Juri_Uluots, lk 96
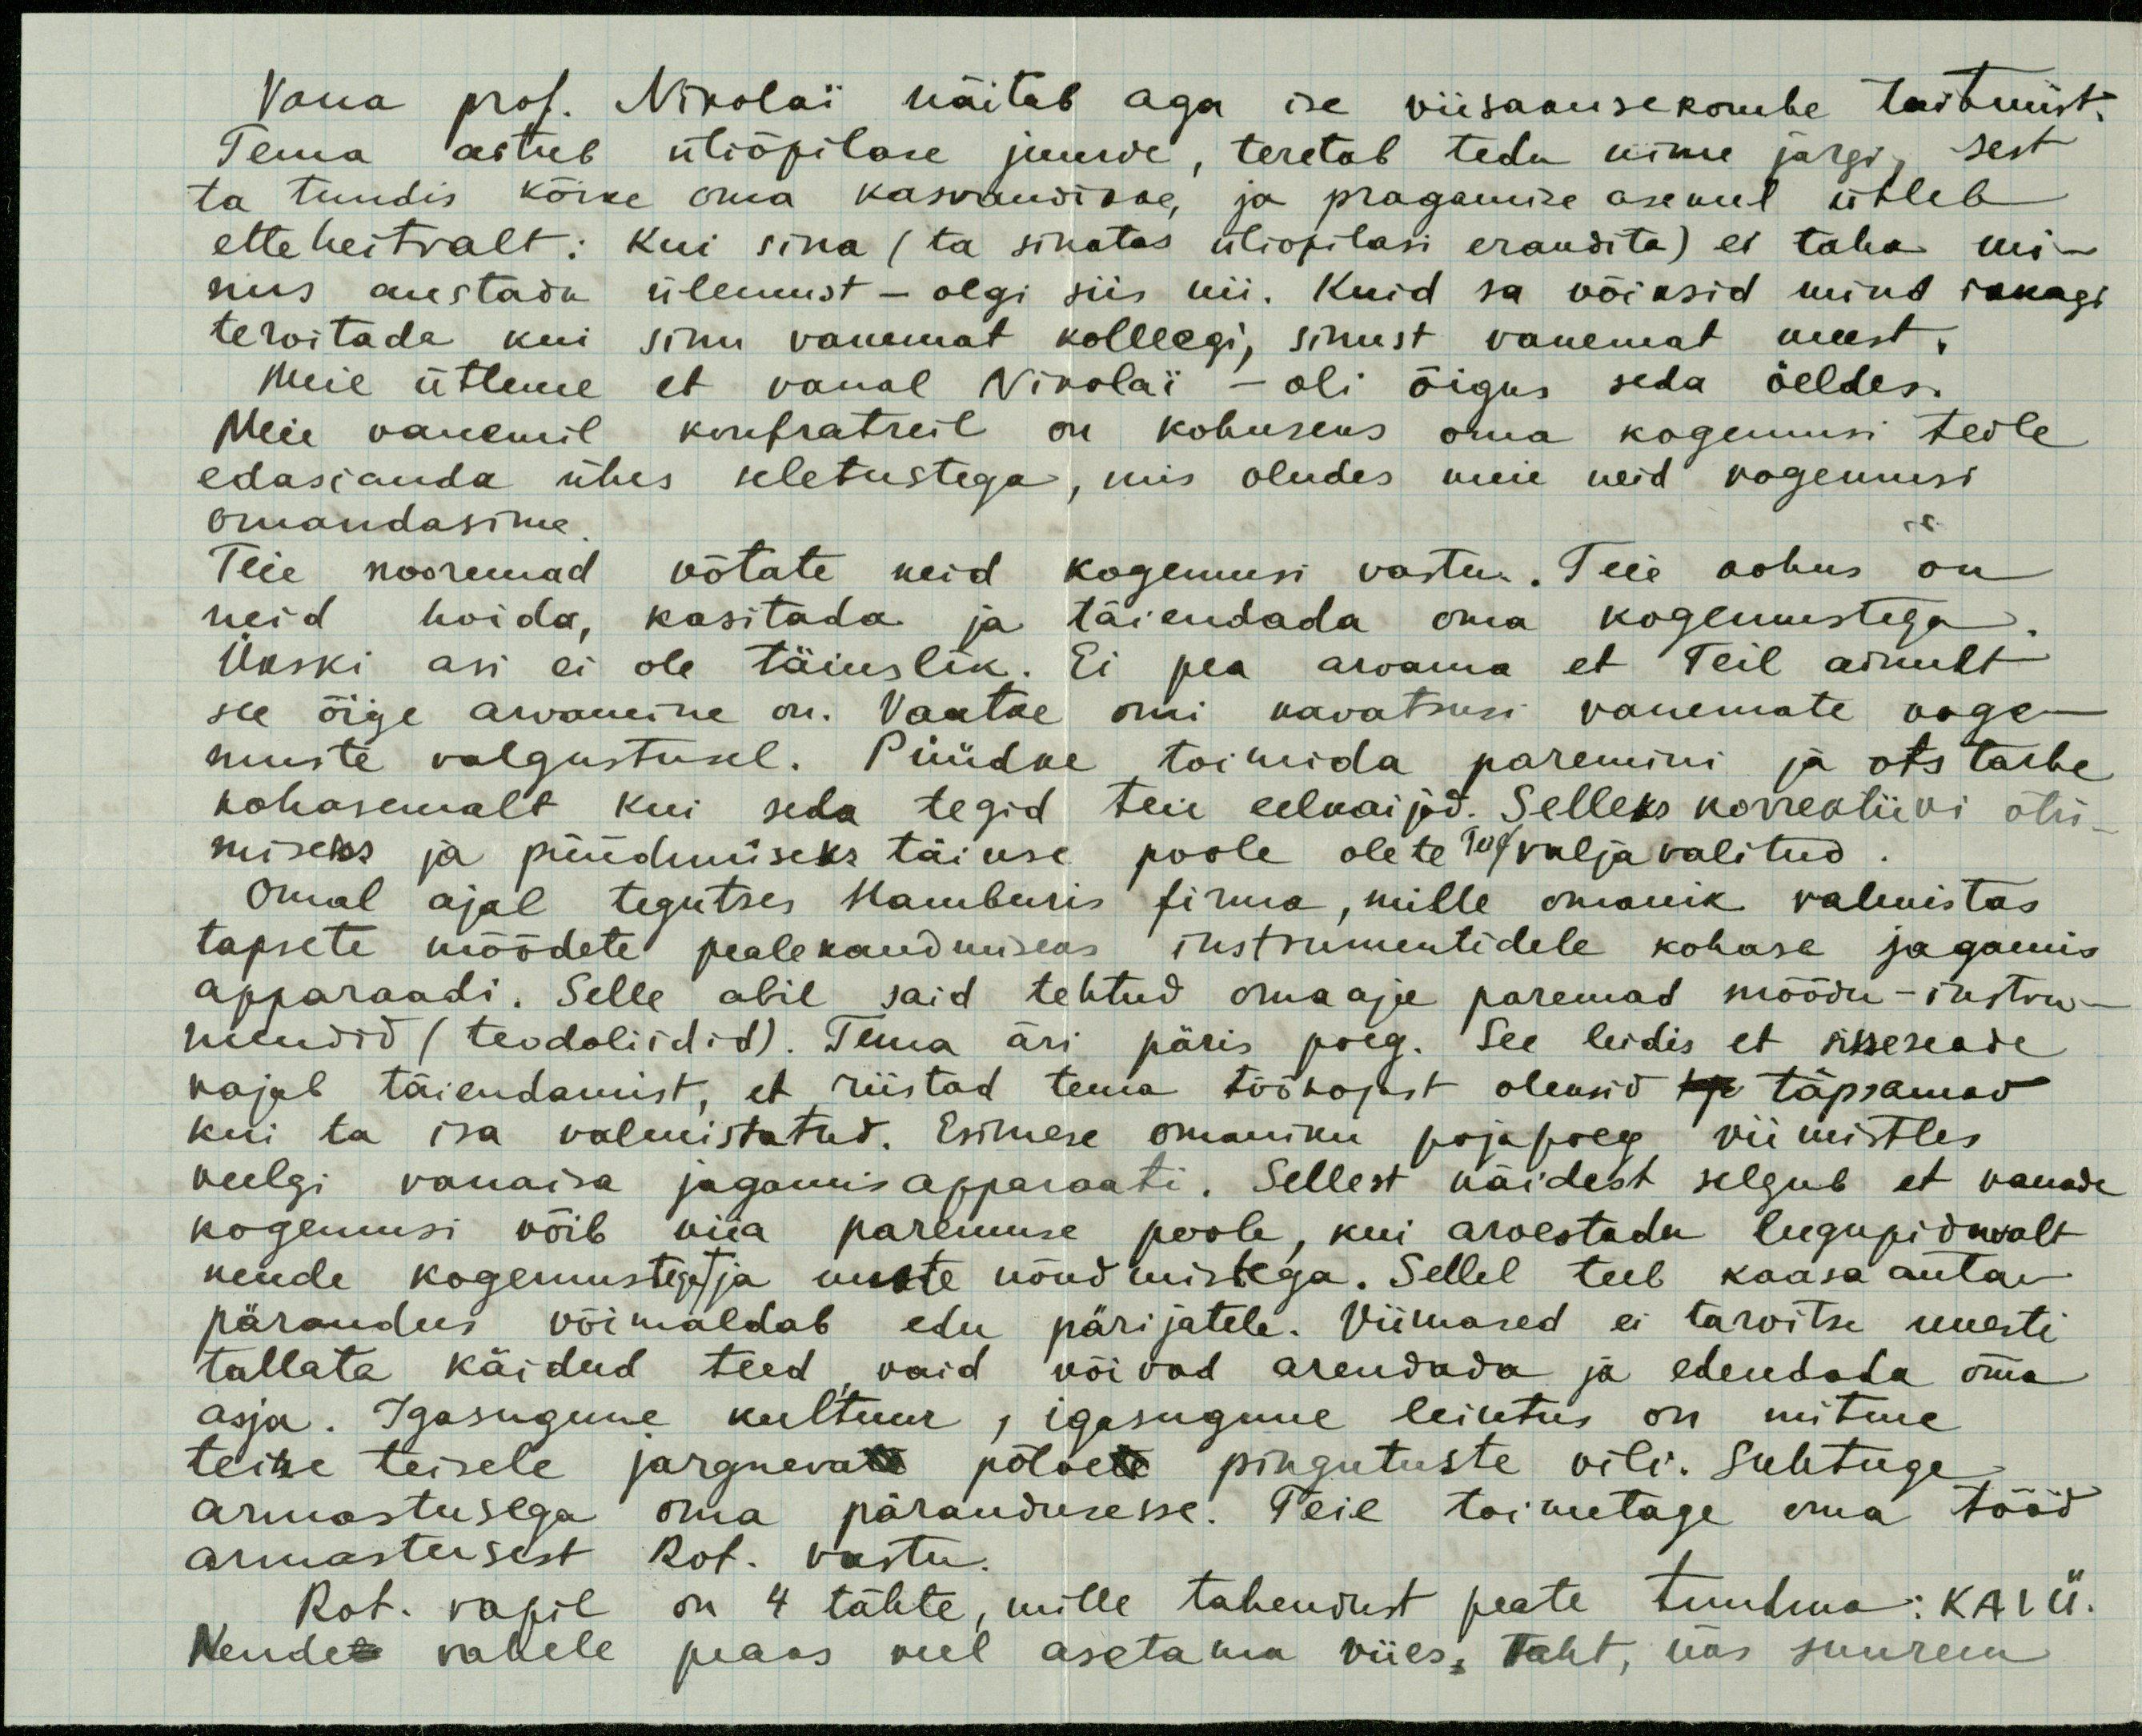
Vana prof. Nikolai näitab aga ise viisakusekombe taitmist.
Tema astub üliõpilase juurde, teretab teda nime järgi, sest
ta tundis kõike oma kasvandikke, ja pragamise asemel ütleb
etteheitvalt: kui sina (ta sinatas üliõpilasi erandita) ei taha mi-
nus austada ülemust - olgi siis nii. Kuid sa võiksid mind ikkagi
tervitada kui sinu vanemat kolleegi, sinust vanemat meest.
Meie ütleme et vanal Nikolai - oli õigus seda öeldes.
Meie vanemil konfratreil on kohuseks oma kogemusi teile
edasianda ühes seletustega, mis oludes meie neid kogemusi
omandasime.
Teie nooremad võtate neid kogemusi vastu. Teie kohus on
neid hoida, kasitada ja täiendada oma kogemustega.
Ükski asi ei ole täiuslik. Ei pea arvama et Teil ainult
see õige arvamine on. Vaatke omi kavatsusi vanemate koge-
muste valgustusel. Püüdke toimida paremini ja otstarbe
kohasemalt kui seda tegid teie eelkaijad. Selleks korrektiivi otsi-
miseks ja püüdmiseks täiuse poole olete Teie valjavalitud
Omal ajal tegutses Hamburis firma, mille omanik valmistas
tapsete mõõdete pealekandmiseks instrumentidele kohase jagamis
apparaadi. Selle abil said tehtud omaaja paremad mõõdu-instru-
mendid (teodoliidid). Tema äri päris poeg. See leidis et sisseseade
vajab täiendamist, et riistad tema töökojast oleksid tap täpsamad
kui ta isa valmistatud. Esimese omaniku pojapoeg viimistles
veelgi vanaisa jagamisapparaati. Sellest näidest selgub et vanade
kogemusi võib viia paremuse poole, kui arvestada lugupidavalt
nende kogemustega ja uuste nõudmistega. Sellel teel kaasa antav
pärandus võimaldab edu pärijatele. Viimased ei tarvitse uuesti
tallata käidud teed vaid võivad arendada ja edendada oma
asja. Igasugune kultuur, igasugune leiutus on mitme
teine teisele jargnevate põlvete pingutuste vili. Suhtuge
armastusega oma pärandusesse. Teie toimetage oma tööd
armastusest Rot. vastu
Rot. vapil on 4 tähte, mille tahendust peate tundma: КAJÜ.
Nendel vahele peaks veel asetama viies, taht, üks suurem